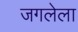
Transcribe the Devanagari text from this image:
जगलेला